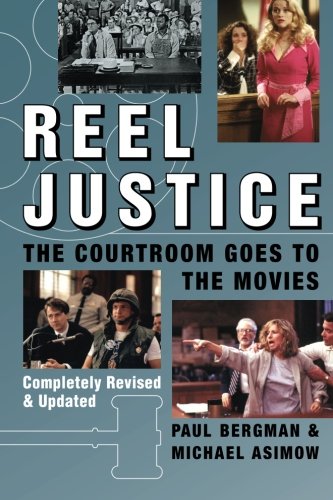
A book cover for Reel Justice: The Courtroom Goes to the Movies; Paul Bergman; Law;